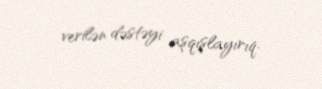
verilən dəstəyi aşqışlayırıq.